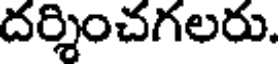
దర్శించగలరు.